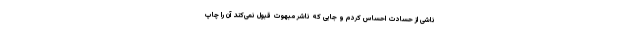
ناشی از حسادت احساس کردم و جایی که ناشر مبهوت قبول نمی‌کند آن را چاپ